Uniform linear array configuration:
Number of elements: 8
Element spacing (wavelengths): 0.5
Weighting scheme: binomial
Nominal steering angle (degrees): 45
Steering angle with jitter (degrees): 45.063
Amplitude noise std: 0.05
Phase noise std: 0.05

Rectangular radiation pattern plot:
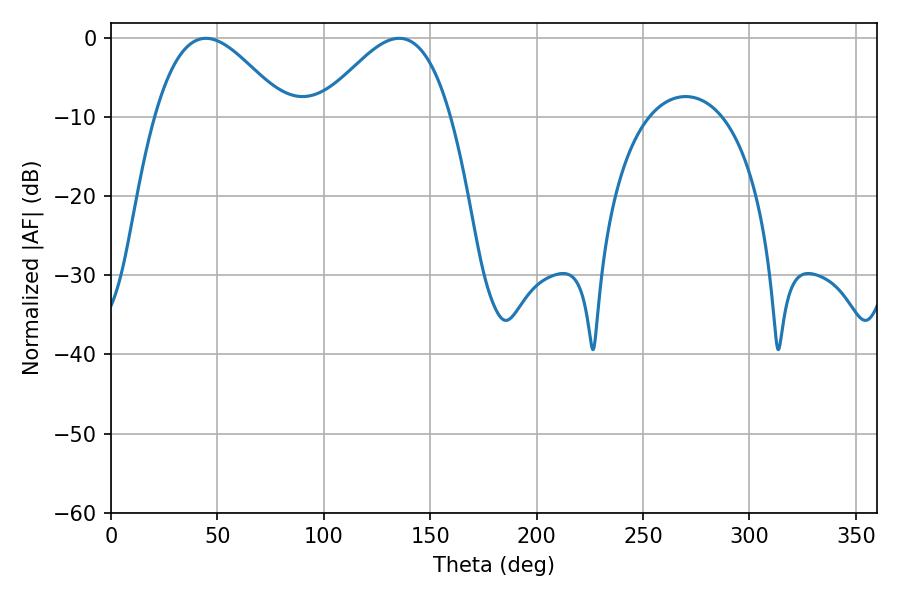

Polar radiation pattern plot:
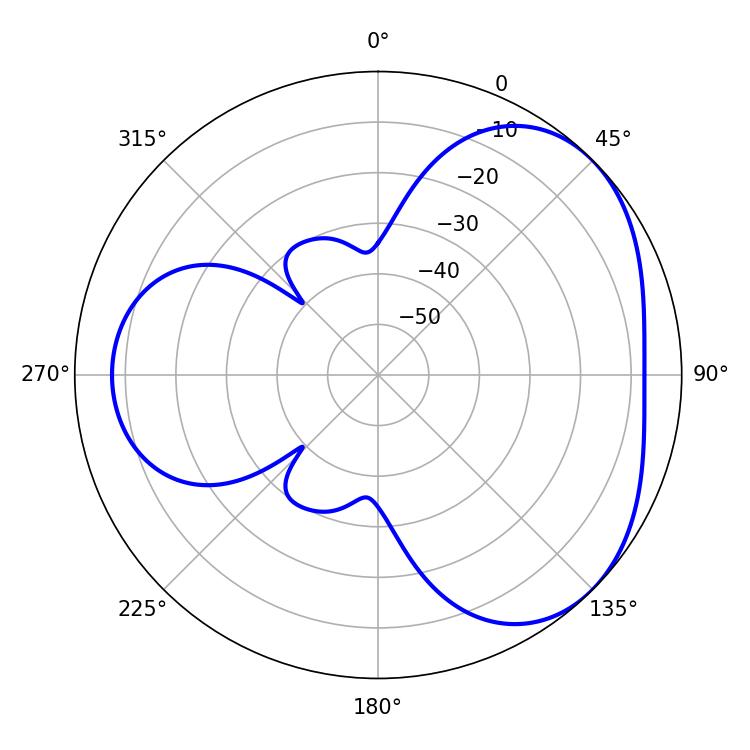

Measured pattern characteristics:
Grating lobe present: FALSE
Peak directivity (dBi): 3.742
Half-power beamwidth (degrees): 33.12
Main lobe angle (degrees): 44.64